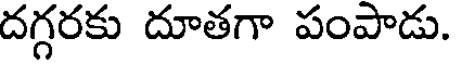
దగ్గరకు దూతగా పంపాడు.